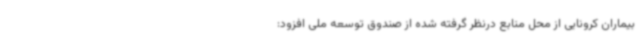
بیماران کرونایی از محل منابع درنظر گرفته شده از صندوق توسعه ملی افزود: